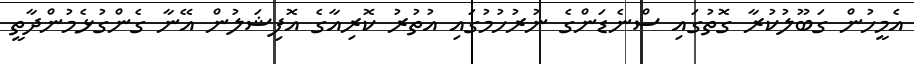
އެމީހުން ގަބޫލުކުރާ ގޮތުގައި ސްނެޑަންގެ ނުރުހުމުގައި އުތުރު ކޮރިއާގެ އޮފިޝަލުން އޭނާ ގެންގުޅެމުންދާތީ